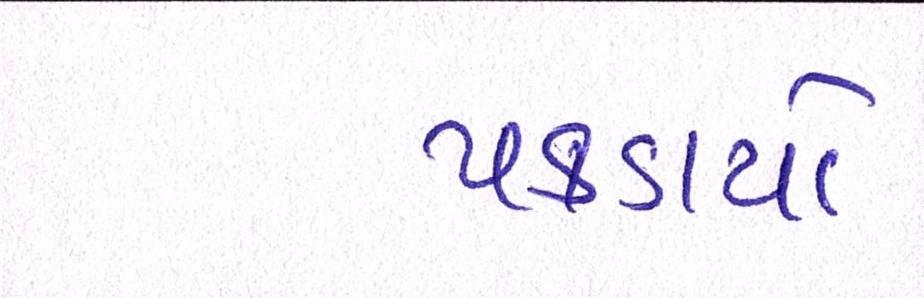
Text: પકડાયો